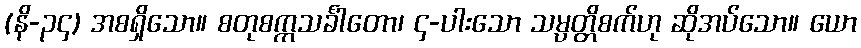
(နိ-၃၄) အစရှိသော။ စတုစက္ကသင်္ခါတော၊ ၄-ပါးသော သမ္ပတ္တိစက်ဟု ဆိုအပ်သော။ ယော